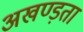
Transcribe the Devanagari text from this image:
अखण्ड़ता